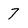
Character: 7